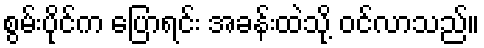
စွမ်းပိုင်က ပြောရင်း အခန်းထဲသို့ ဝင်လာသည်။